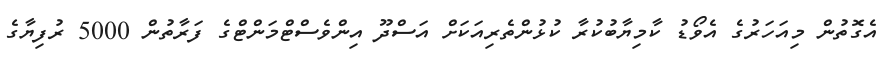
އެގޮތުން މިއަހަރުގެ އެވޯޑު ކާމިޔާބުކުރާ ކުޅުންތެރިއަކަށް އަސްދޫ އިންވެސްޓްމަންޓްގެ ފަރާތުން 5000 ރުފިޔާގެ